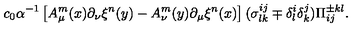
c _ { 0 } \alpha ^ { - 1 } \left[ A _ { \mu } ^ { m } ( x ) \partial _ { \nu } \xi ^ { n } ( y ) - A _ { \nu } ^ { m } ( y ) \partial _ { \mu } \xi ^ { n } ( x ) \right] ( \sigma _ { l k } ^ { i j } \mp \delta _ { l } ^ { i } \delta _ { k } ^ { j } ) \Pi _ { i j } ^ { \pm k l } .